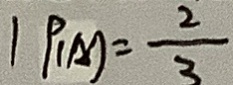
1 P _ { ( A ) } = \frac { 2 } { 3 }